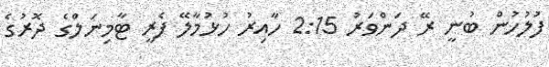
ފުލުހުން ބުނީ ރޭ ދަންވަރު 2:15 ހާއިރު ހުޅުމާލޭ ފެރީ ޓާމިނަލްގެ ދޮރުގެ